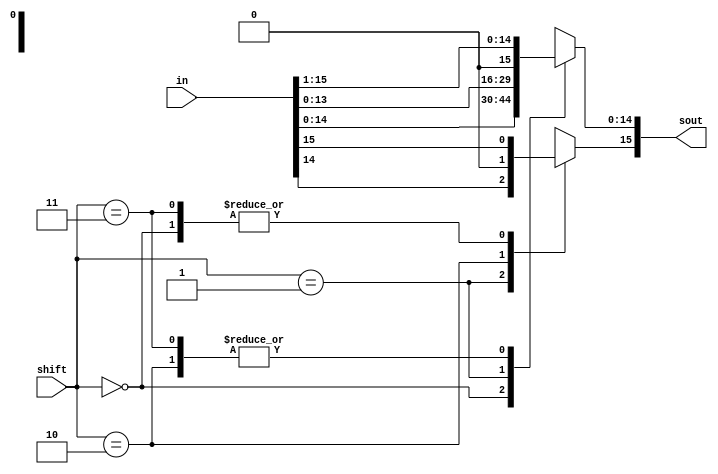
module shifter(in, shift, sout);
 input [15:0] in;
 input [1:0] shift;
 output [15:0] sout;
  reg [15:0] sout;

//Assign sout based on the desired shifting operation
 always@(*) begin
  case(shift)
  2'b00: sout = in; //sout = in
  2'b01: sout = in<<1; //Shifts to left by 1
  2'b10: sout = in>>1; //Shifts to right by 1
  2'b11: begin sout = in>>1; sout[15] = in[15]; end //Shifts to right by 1 MSB is 1
  default: sout = 16'bx; //Default case for debugging
  endcase
end
endmodule